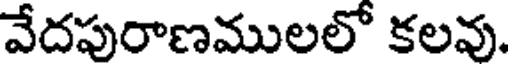
వేదపురాణములలో కలవు.